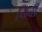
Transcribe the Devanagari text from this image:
यिबी